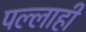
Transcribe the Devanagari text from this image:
पल्लाही